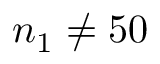
n _ { 1 } \neq 5 0